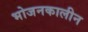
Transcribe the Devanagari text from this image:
भोजनकालीन